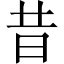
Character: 昔